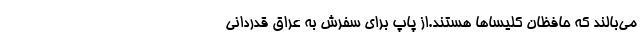
می‌بالند که حافظان کلیساها هستند.از پاپ برای سفرش به عراق قدردانی